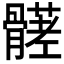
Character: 𩪒